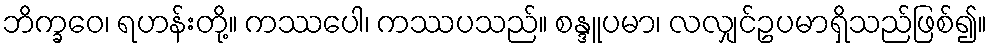
ဘိက္ခဝေ၊ ရဟန်းတို့။ ကဿပေါ၊ ကဿပသည်။ စန္ဒူပမာ၊ လလျှင်ဥပမာရှိသည်ဖြစ်၍။